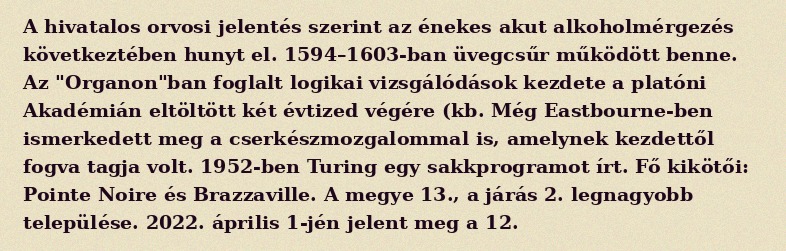
A hivatalos orvosi jelentés szerint az énekes akut alkoholmérgezés következtében hunyt el. 1594–1603-ban üvegcsűr működött benne. Az "Organon"ban foglalt logikai vizsgálódások kezdete a platóni Akadémián eltöltött két évtized végére (kb. Még Eastbourne-ben ismerkedett meg a cserkészmozgalommal is, amelynek kezdettől fogva tagja volt. 1952-ben Turing egy sakkprogramot írt. Fő kikötői: Pointe Noire és Brazzaville. A megye 13., a járás 2. legnagyobb települése. 2022. április 1-jén jelent meg a 12.